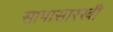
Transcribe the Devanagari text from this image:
सापासारखी